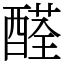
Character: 醛